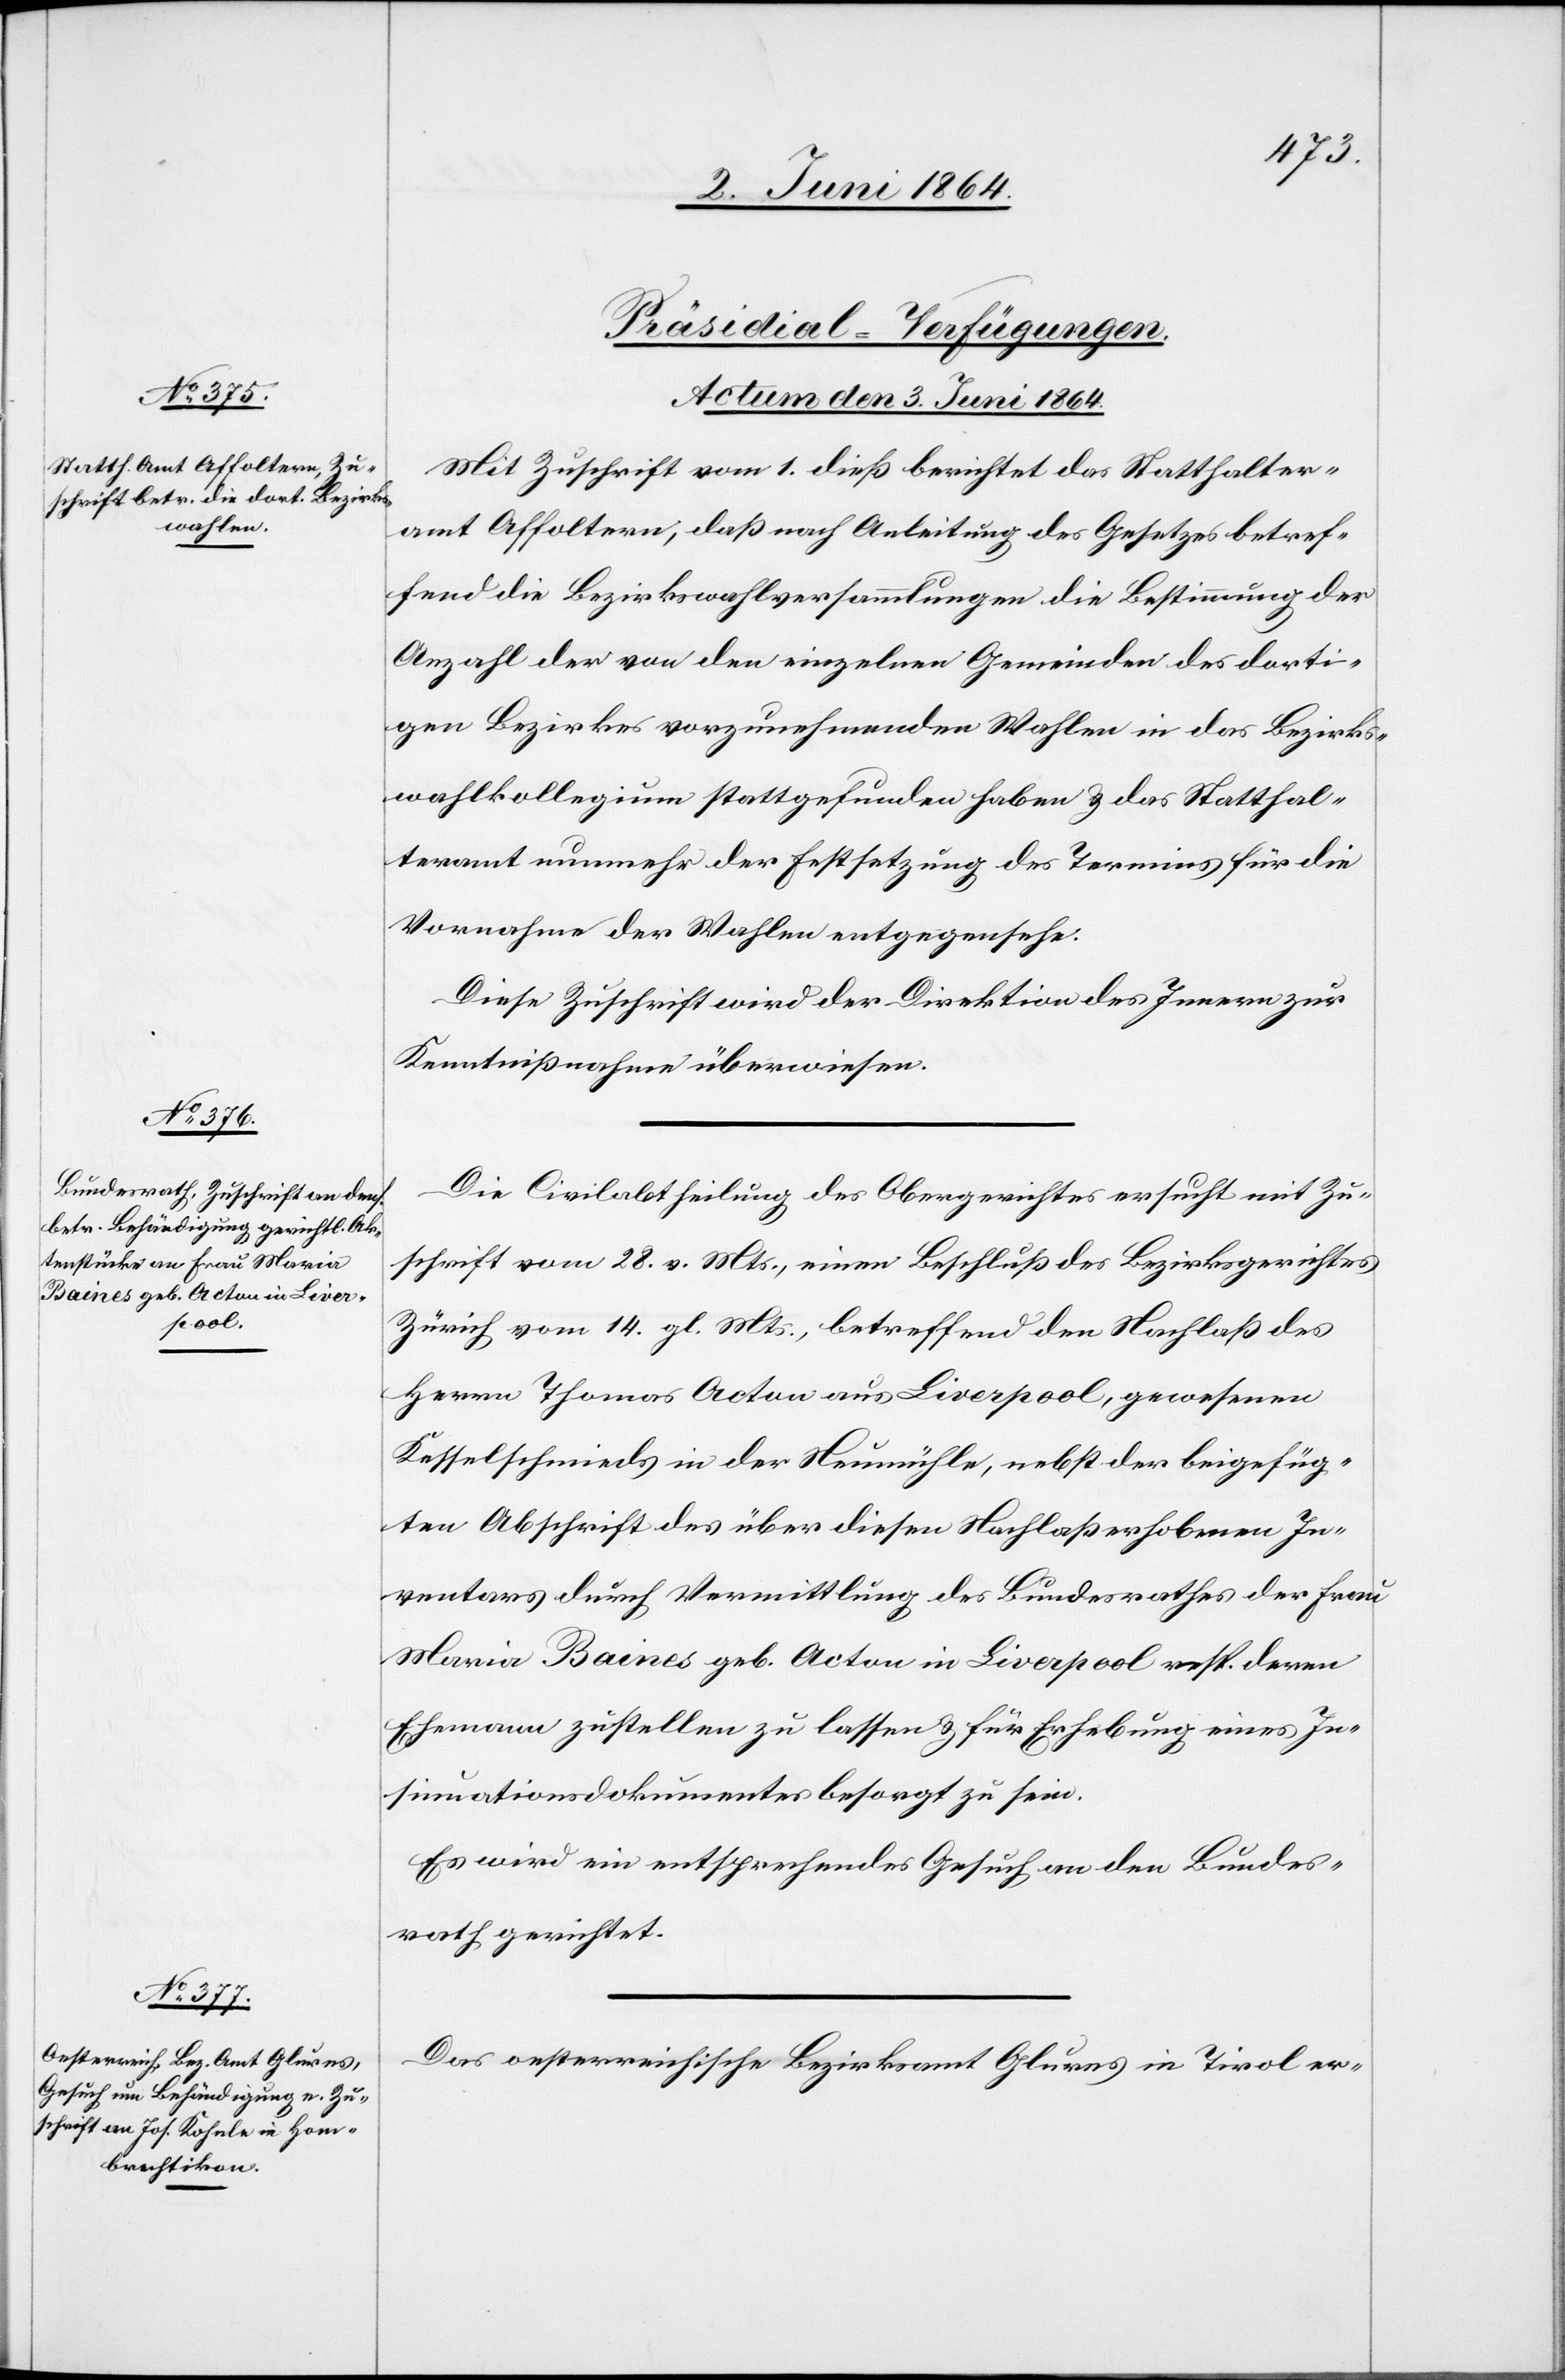
[Präsidial-Verfügungen.
Actum den 3. Juni 1864.]
Mit Zuschrift vom 1. dieß berichtet das Statthalter¬
amt Affoltern, daß nach Anleitung des Gesetzes betref¬
fend die Bezirkswahlversammlungen die Bestimmung der
Anzahl der von den einzelnen Gemeinden des dorti¬
gen Bezirkes vorzunehmenden Wahlen in das Bezirks¬
wahlkollegium stattgefunden haben u. das Statthal¬
teramt nunmehr der Festsetzung des Termins für die
Vornahme der Wahlen entgegensehe.
Diese Zuschrift wird der Direktion des Innern zur
Kenntnißnahme überwiesen.
Die Civilabtheilung des Obergerichtes ersucht mit Zu¬
schrift vom 28. v. Mts., einen Beschluß des Bezirksgerichtes
Zürich vom 14. gl. Mts., betreffend den Nachlaß des
Herrn Thomas Acton aus Liverpool, gewesenen
Kesselschmieds in der Neumühle, nebst der beigefüg¬
ten Abschrift des über diesen Nachlaß erhobenen In¬
ventars durch Vermittlung des Bundesrathes der Frau
Maria Baines geb. Acton in Liverpool resp. deren
Ehemann zustellen zu lassen u. für Erhebung eines In¬
sinuationsdokumentes besorgt zu sein.
Es wird ein entsprechendes Gesuch an den Bundes¬
rath gerichtet.
Das oesterreichische Bezirksamt Glurns in Tirol er-